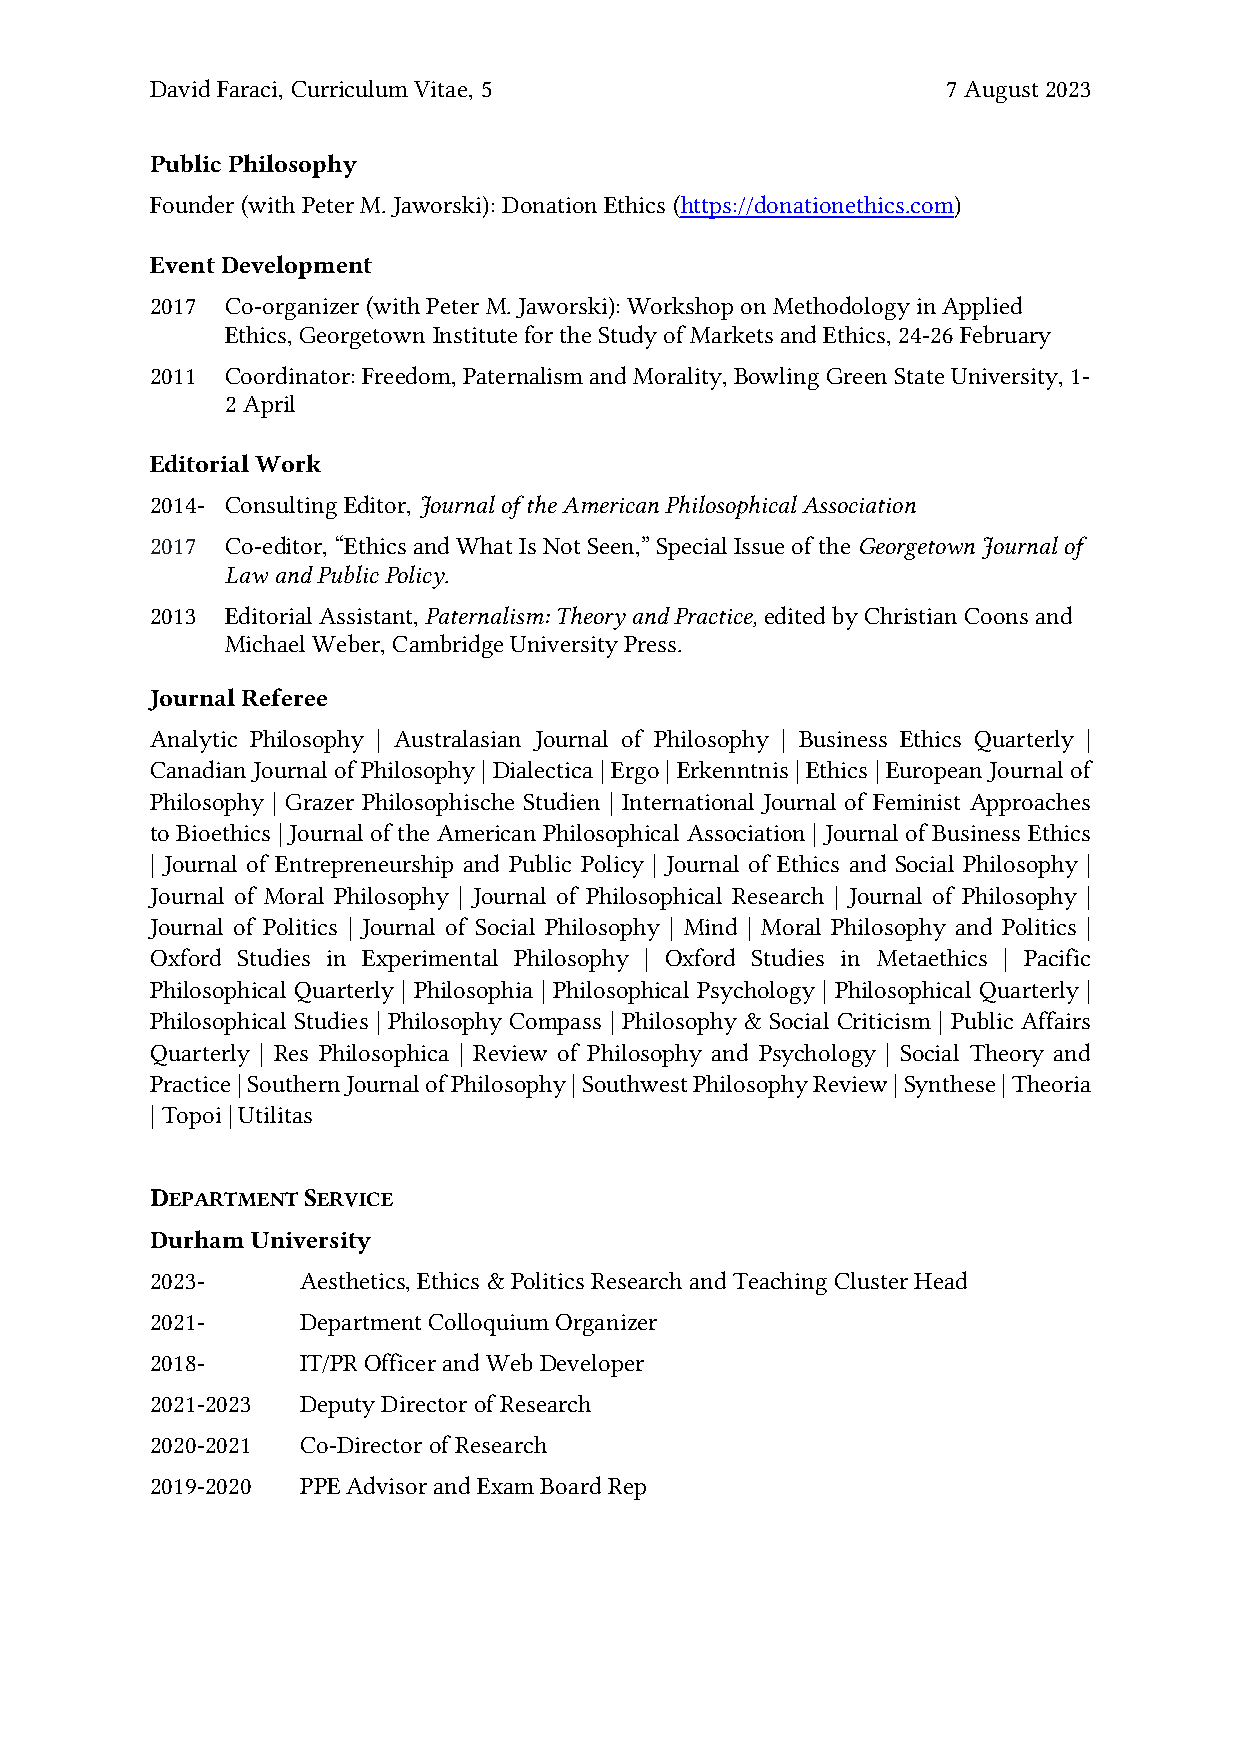
David Faraci, Curriculum Vitae, 5                    7 August 2023
 Public Philosophy
 Founder (with Peter M. Jaworski): Donation Ethics (https://donationethics.com)
 Event Development
 2017 Co-organizer (with Peter M. Jaworski): Workshop on Methodology in Applied
 Ethics, Georgetown Institute for the Study of Markets and Ethics, 24-26 February
 2011 Coordinator: Freedom, Paternalism and Morality, Bowling Green State University, 1-
 2 April
 Editorial Work
 2014- Consulting Editor, Journal of the American Philosophical Association
 2017 Co-editor, “Ethics and What Is Not Seen,” Special Issue of the Georgetown Journal of
 Law and Public Policy.
 2013 Editorial Assistant, Paternalism: Theory and Practice, edited by Christian Coons and
 Michael Weber, Cambridge University Press.
 Journal Referee
 Analytic Philosophy | Australasian Journal of Philosophy | Business Ethics Quarterly |
 Canadian Journal of Philosophy | Dialectica | Ergo | Erkenntnis | Ethics | European Journal of
 Philosophy | Grazer Philosophische Studien | International Journal of Feminist Approaches
 to Bioethics | Journal of the American Philosophical Association | Journal of Business Ethics
 | Journal of Entrepreneurship and Public Policy | Journal of Ethics and Social Philosophy |
 Journal of Moral Philosophy | Journal of Philosophical Research | Journal of Philosophy |
 Journal of Politics | Journal of Social Philosophy | Mind | Moral Philosophy and Politics |
 Oxford Studies in Experimental Philosophy | Oxford Studies in Metaethics | Pacific
 Philosophical Quarterly | Philosophia | Philosophical Psychology | Philosophical Quarterly |
 Philosophical Studies | Philosophy Compass | Philosophy & Social Criticism | Public Affairs
 Quarterly | Res Philosophica | Review of Philosophy and Psychology | Social Theory and
 Practice | Southern Journal of Philosophy | Southwest Philosophy Review | Synthese | Theoria
 | Topoi | Utilitas
 DEPARTMENT SERVICE
 Durham University
 2023-     Aesthetics, Ethics & Politics Research and Teaching Cluster Head
 2021-     Department Colloquium Organizer
 2018-     IT/PR Officer and Web Developer
 2021-2023 Deputy Director of Research
 2020-2021 Co-Director of Research
 2019-2020 PPE Advisor and Exam Board Rep